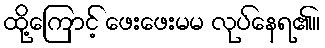
ထို့ကြောင့် ဖေးဖေးမမ လုပ်နေရ၏။